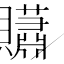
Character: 𧹀